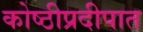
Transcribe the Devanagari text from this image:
कोष्ठीप्रदीपात